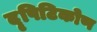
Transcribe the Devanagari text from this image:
दृषिटिकोण